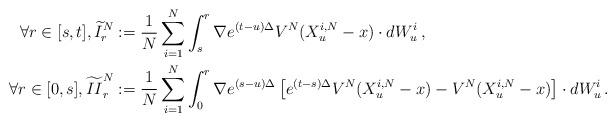
LaTeX: \begin{align*}\forall r\in [s,t], \widetilde{I}_{r}^N &:= \frac{1}{N} \sum_{i=1}^N \int_s^r \nabla e^{(t-u)\Delta} V^N(X_u^{i,N}-x) \cdot dW^i_u \, ,\\\forall r\in [0,s],\widetilde{II}_{r}^N &:= \frac{1}{N} \sum_{i=1}^N \int_0^r \nabla e^{(s-u)\Delta} \left[e^{(t-s)\Delta} V^N(X_u^{i,N}-x)- V^N(X_u^{i,N}-x)\right] \cdot dW^i_u \, .\end{align*}